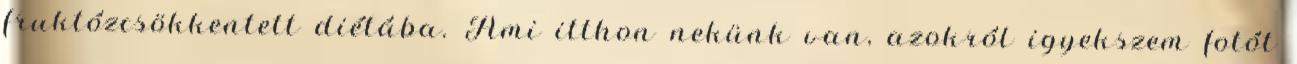
fruktózcsökkentett diétába. Ami itthon nekünk van, azokról igyekszem fotót